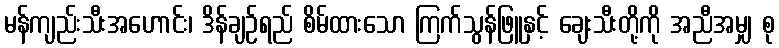
မန်ကျည်းသီးအဟောင်း၊ ဒိန်ချဉ်ရည် စိမ်ထားသော ကြက်သွန်ဖြူနှင့် ချေးသီးတို့ကို အညီအမျှ စု